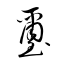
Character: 璽